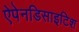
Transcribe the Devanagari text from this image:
ऐपेनडिसाइटिश